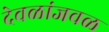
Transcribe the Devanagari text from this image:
देवळांजवळ